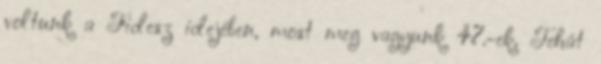
voltunk a Fidesz idejében, most meg vagyunk 47.-ek. Tehát